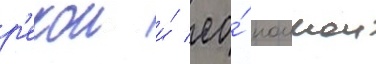
р'екои и́ ео́ поимои